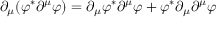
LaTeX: \partial _ { \mu } ( \varphi ^ { * } \partial ^ { \mu } \varphi ) = \partial _ { \mu } \varphi ^ { * } \partial ^ { \mu } \varphi + \varphi ^ { * } \partial _ { \mu } \partial ^ { \mu } \varphi